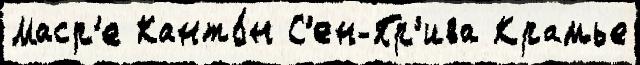
Маср'е Канто́н С'ен-Пр'ива Крамье